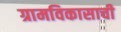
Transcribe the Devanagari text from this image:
ग्रामविकासाची